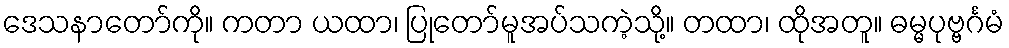
ဒေသနာတော်ကို။ ကတာ ယထာ၊ ပြုတော်မူအပ်သကဲ့သို့။ တထာ၊ ထိုအတူ။ ဓမ္မပုဗ္ဗင်္ဂမံ